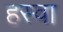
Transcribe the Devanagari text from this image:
हस्वा